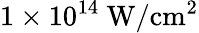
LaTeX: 1\times 10^{14}\ \mathrm{{W/cm^{2}}}